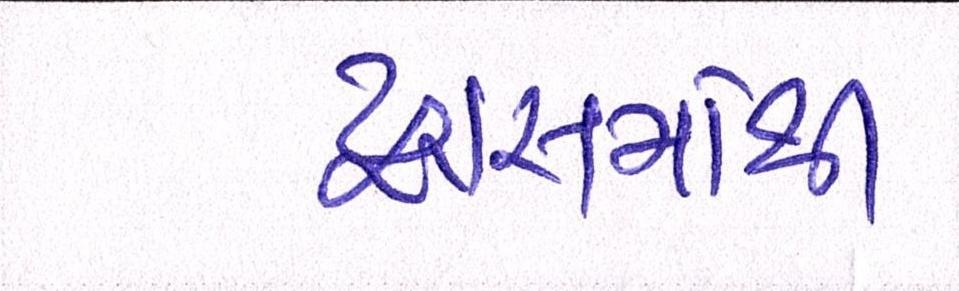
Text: દ્રાક્ષમાંથી